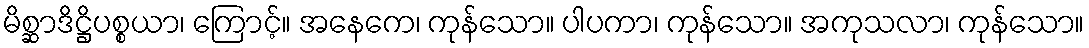
မိစ္ဆာဒိဋ္ဌိပစ္စယာ၊ ကြောင့်။ အနေကေ၊ ကုန်သော။ ပါပကာ၊ ကုန်သော။ အကုသလာ၊ ကုန်သော။